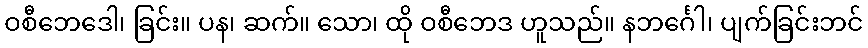
ဝစီဘေဒေါ၊ ခြင်း။ ပန၊ ဆက်။ သော၊ ထို ဝစီဘေဒ ဟူသည်။ နဘင်္ဂေါ၊ ပျက်ခြင်းဘင်